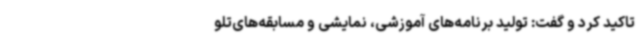
تاکید کرد و گفت: تولید برنامه‌های آموزشی، نمایشی و مسابقه‌های‌تلو